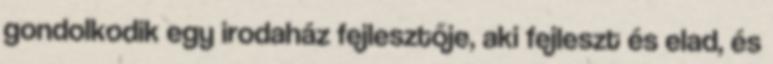
gondolkodik egy irodaház fejlesztője, aki fejleszt és elad, és